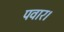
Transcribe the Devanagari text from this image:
पवार।